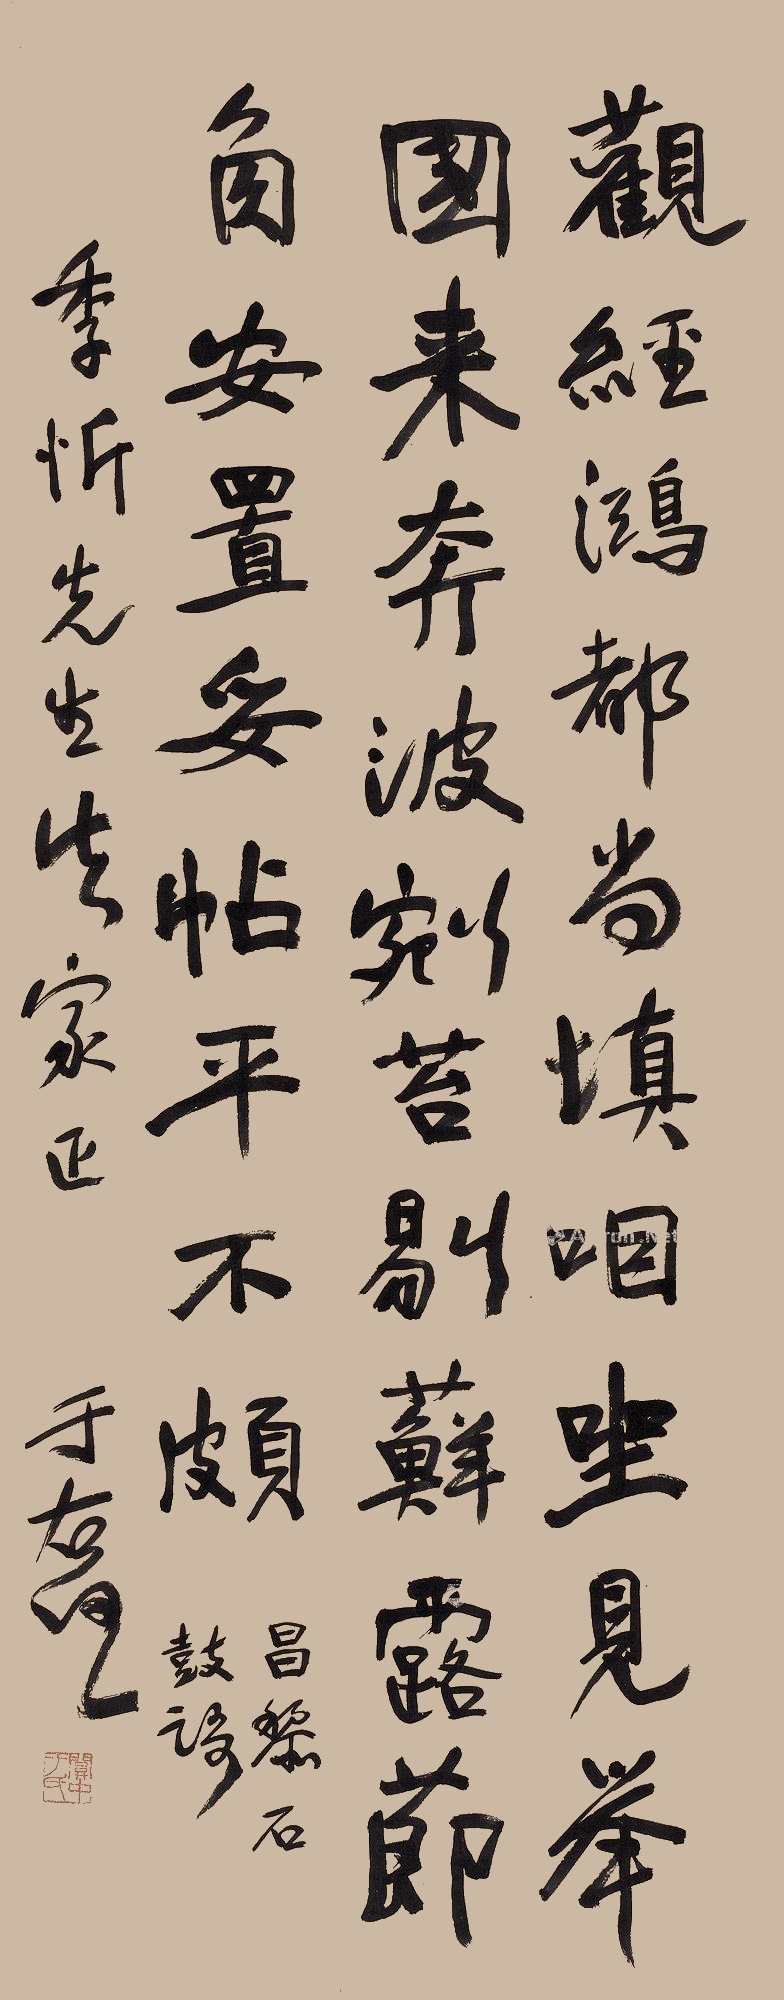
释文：观经鸿都尚填咽，坐见举国来奔波。剜苔剔藓露节角，安置妥帖平不颇。昌黎石鼓语。季忻先生法家正。于右任。